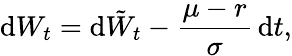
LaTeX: \mathrm{d}W_{t}=\mathrm{d}{\tilde{{W}}}_{t}-{\frac{{\mu-r}}{{\sigma}}}\, \mathrm{d}t,